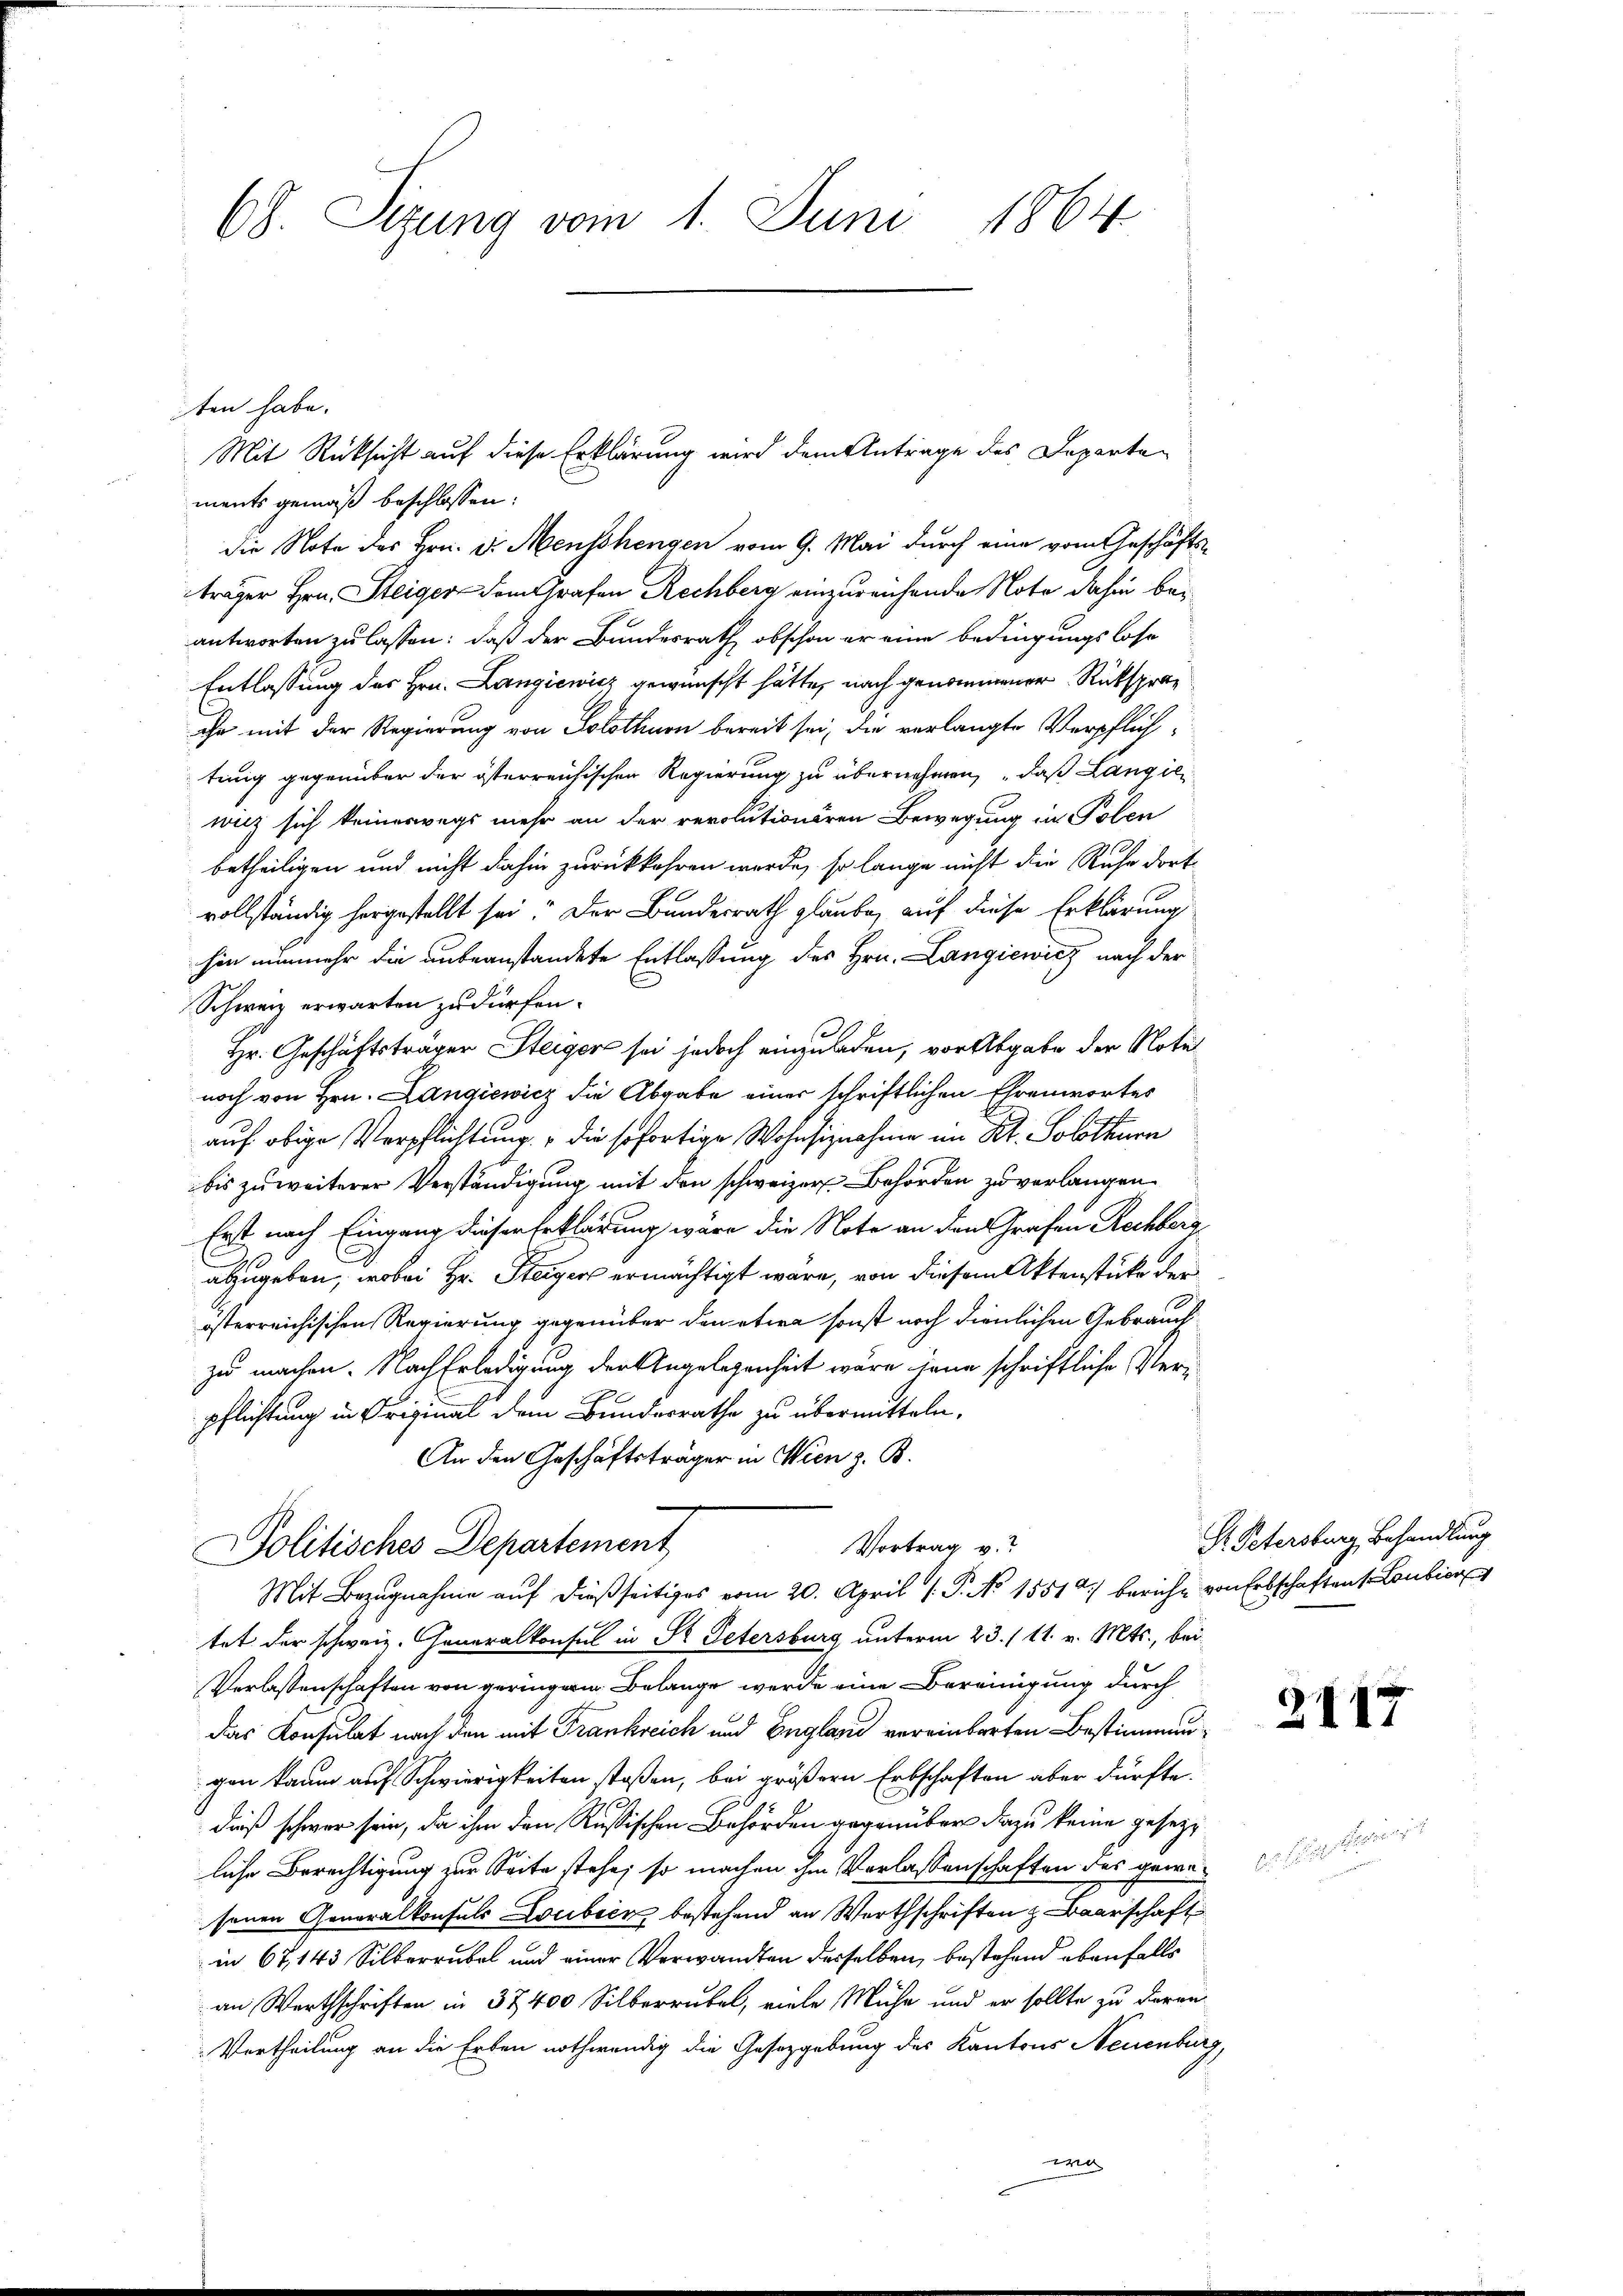
68. Sizung vom 1. Juni 1864

ten habe.
ments gemäß beschlossen:
die Note des Hrn. v. Menschengen vom 9. Mai durch eine vom Geschäfts-
träger Hrn. Steiger dem Grafen Rechberg einzureichende Note dahin beantworten zu lassen: daß der Bundesrath, obschon er eine bedingungslose
Entlassung des Hrn. Langiewicz gewünscht hätte, nach genommener Rückspraihr mit der Regierung von Solothurn bereit sei, die verlangte Verpflichtung gegenüber der österreichischen Regierung zu übernehmen, „daß Langie
wicz sich keineswegs mehr an der revolutionären Bewegung in Polen
betheiligen und nicht dahin zurückkehren werde, so lange nicht die Ruhe dort
vollständig hergestellt sei. Der Bundesrath glaube, auf diese Erklärung
hin nunmehr die unbeanstandete Entlaßung des Hrn. Langiewicz nach der
Schweiz erwarten zu dürfen.
Hr. Geschäftsträger Steiger sei jedoch einzuladen, vor Abgabe der Notul
noch von Hrn. Langiewicz die Abgabe einer schriftlichen Ehrenwortes
auf obige Verpflichtung, die sofortige Wohnsiznahme im Kt. Solothurn
bis zu weiterer Verständigung mit den schweizer Behörden zu verlangen
Erst nach Eingang dieser Erklärung wäre die Note an den Grafen Rechberg
abzugeben, wobei Hr. Steiger ermächtigt wäre, von diesem Aktenstücke der
österreichischen Regierung gegenüber den etwa sonst noch dienlichen Gebrauch
zu machen. Nach Erledigung der Angelegenheit wäre jene schriftliche Verpflichtung in Original dem Bundesrathe zu übermitteln.
An den Geschäftsträger in Wien z. B.
Vortrag v.
Politisches Departement
Mit Bezugnahme auf dießseitiges vom 20. April ( P. No 1551/ beriche von Erbschaften Lonbier
tet der schweiz. Generalkonsul in St. Petersburg unterm 23. / 11. v. Mts., bei
Verlassenschaften von geringern Belange werde eine Bereinigung durch
das Konsulat nach den mit Frankreich und Englasi vereinbarten Bestimmungen kaum auf Schwierigkeiten stoßen, bei größern Erbschaften aber dürfte.
dieß schwer sein, da ihm den Rußischen Behörden gegenüber dazu keine gesezt
liche Berechtigung zur Seite stehe; so machen ihm Verlassenschaften des gewesenen Generalkonsuls Loubicz bestehend an Werthschriften & Baarschaft
in 67, 143 Silberrubel und einer Verwandten desselben, bestehend ebenfalls
an Werthschriften in 37,400 Silberrubel, viele Mühe und er sollte zu daran
Vortheilung an die Erben nothwendig die Gesetzgebung des Kantons Neuenburg,
wa

Mit Rücksicht auf diese Erklärung wird dem Antrage des Departe¬

Hr. Petersburg Behandlung

2117